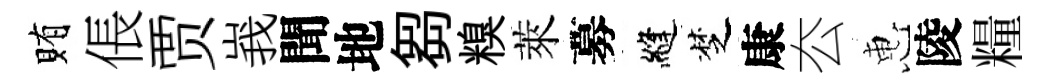
賄倀贾峩聞地芻糗萊募縫椘康厺惠陵糧